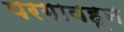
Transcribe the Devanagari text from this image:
परगावहून